Annual report on the working of the mental hospitals in the Madras Presidency - 1912-1932
Year: 1912
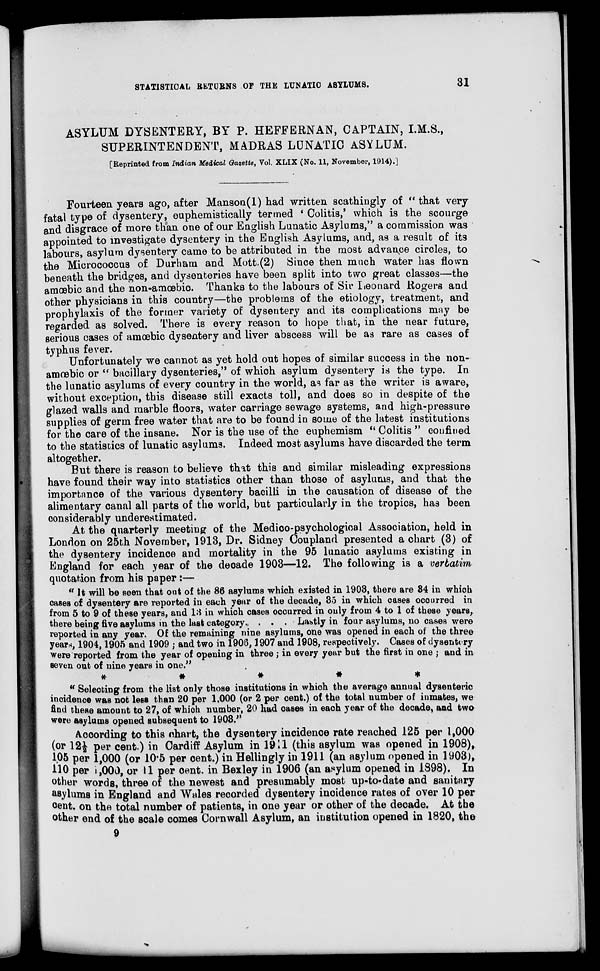
STATISTICAL RETURNS OF THE LUNATIC ASYLUMS.
31
ASYLUM DYSENTERY, BY P. HEFFERNAN, CAPTAIN, I.M.S.,
SUPERINTENDENT, MADRAS LUNATIC ASYLUM.
[Reprinted from Indian Medical Gazette, Vol. XLIX (No. 11, November, 1914).]
Fourteen years ago, after Manson(1) had written scathingly of " that very
fatal type of dysentery, euphemistically termed ' Colitis,' which is the scourge
and disgrace of more than one of our English Lunatic Asylums," a commission was
appointed to investigate dysentery in the English Asylums, and, as a result of its
labours, asylum dysentery came to be attributed in the most advance circles, to
the Micrococcus of Durham and Mott.(2) Since then much water has flown
beneath the bridges, and dysenteries have been split into two great classes—the
amœbic and the non-amœbic. Thanks to the labours of Sir Leonard Rogers and
other physicians in this country—the problems of the etiology, treatment, and
prophylaxis of the former variety of dysentery and its complications may be
regarded as solved. There is every reason to hope that, in the near future,
serious cases of amoebic dysentery and liver abscess will be as rare as cases of
typhus fever.
Unfortunately we cannot as yet hold out hopes of similar success in the non-
amœbic or " bacillary dysenteries," of which asylum dysentery is the type. In
the lunatic asylums of every country in the world, as far as the writer is aware,
without exception, this disease still exacts toll, and does so in despite of the
glazed walls and marble floors, water carriage sewage systems, and high-pressure
supplies of germ free water that are to be found in some of the latest institutions
for the care of the insane. Nor is the use of the euphemism " Colitis " confined
to the statistics of lunatic asylums. Indeed most asylums have discarded the term
altogether.
But there is reason to believe that this and similar misleading expressions
have found their way into statistics other than those of asylums, and that the
importance of the various dysentery bacilli in the causation of disease of the
alimentary canal all parts of the world, but particularly in the tropics, has been
considerably underestimated.
At the quarterly meeting of the Medico-psychological Association, held in
London on 25th November, 1913, Dr. Sidney Coupland presented a chart (3) of
the dysentery incidence and mortality in the 95 lunatic asylums existing in
England for each year of the decade 1903—12. The following is a verbatim
quotation from his paper:—
" It will be seen that out of the 86 asylums which existed in 1903, there are 84 in which
cases of dysentery are reported in each year of the decade, 35 in which cases occurred in
from 5 to 9 of these years, and 13 in which cases occurred in only from 4 to 1 of these years,
there being five asylums in the last category. . . . Lastly in four asylums, no cases were
reported in any year. Of the remaining nine asylums, one was opened in each of the three
year , 1904,1905 and 1909 ; and two in 1906,1907 and 1908, respectively. Cases of dysentery
were reported from the year of opening in three ; in every year but the first in one ; and in
seven out of nine years in one."
*****
" Selecting from the list only those institutions in which the average annual dysenteric
incidence was not less than 20 per 1,000 (or 2 per cent.) of the total number of inmates, we
find these amount to 27, of which number, 20 had cases in each year of the decade, and two
were asylums opened subsequent to 1903."
According to this chart, the dysentery incidence rate reached 125 per l,000
(or 12½ per cent.) in Cardiff Asylum in 1911 (this asylum was opened in 1908),
105 per 1,000 (or 10.5 per cent.) in Hellingly in 1911 (an asylum opened in 1903),
110 per 1,000, or 11 per cent. in Bexley in 1906 (an asylum opened in 1898). In
other words, three of the newest and presumably most up-to-date and sanitary
asylums in England and Wales recorded dysentery incidence rates of over 10 per
cent. on the total number of patients, in one year or other of the decade. At the
other end of the scale comes Cornwall Asylum, an institution opened in 1820, the
9